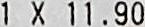
1 X 11.90